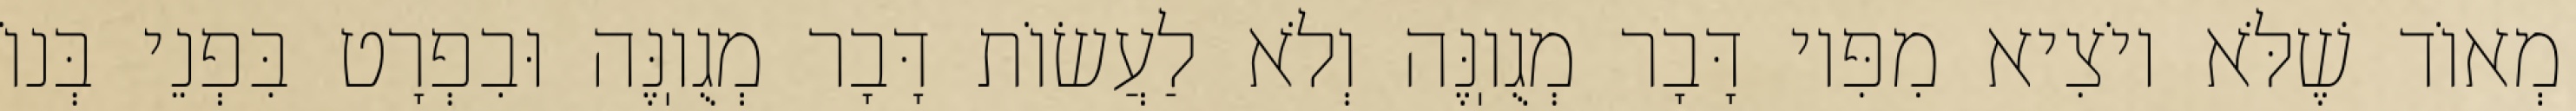
מְאוֹד שֶׁלֹּא יוֹצִיא מִפִּיו דָּבָר מְגֻוֽנֶּה וְלֹא לַעֲשׂוֹת דָּבָר מְגֻוֽנֶּה וּבִפְרָט בִּפְנֵי בְּנוֹ